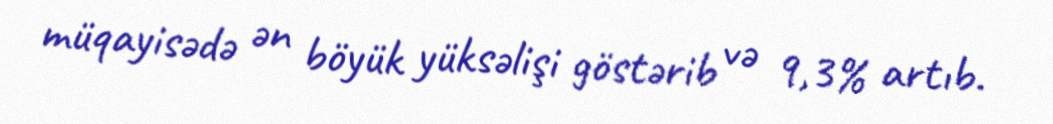
müqayisədə ən böyük yüksəlişi göstərib və 9,3% artıb.